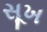
સૂખ